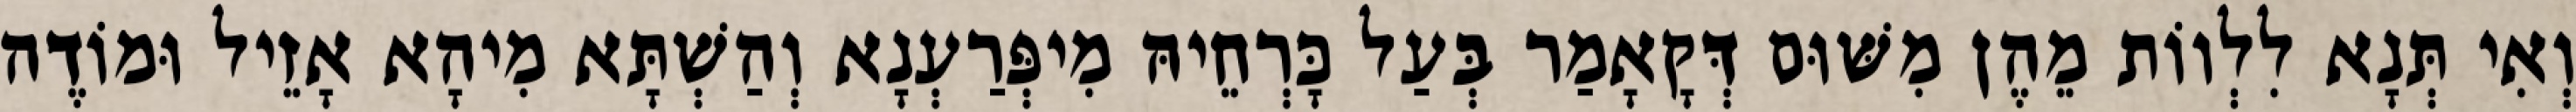
וְאִי תְּנָא לִלְווֹת מֵהֶן מִשּׁוּם דְּקָאָמַר בְּעַל כָּרְחֵיהּ מִיפְּרַעְנָא וְהַשְׁתָּא מִיהָא אָזֵיל וּמוֹדֶה